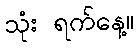
သုံး ရက်နေ့။